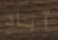
آباد